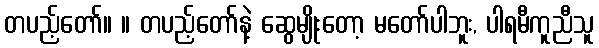
တပည့်တော်။ ။ တပည့်တော်နဲ့ ဆွေမျိုးတော့ မတော်ပါဘူး, ပါရမီကူညီသူ